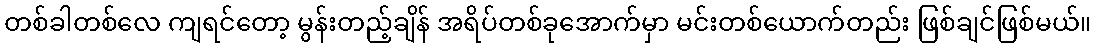
တစ်ခါတစ်လေ ကျရင်တော့ မွန်းတည့်ချိန် အရိပ်တစ်ခုအောက်မှာ မင်းတစ်ယောက်တည်း ဖြစ်ချင်ဖြစ်မယ်။